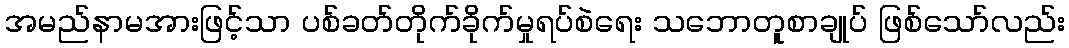
အမည်နာမအားဖြင့်သာ ပစ်ခတ်တိုက်ခိုက်မှုရပ်စဲရေး သဘောတူစာချုပ် ဖြစ်သော်လည်း